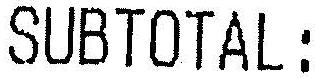
SUBTOTAL: